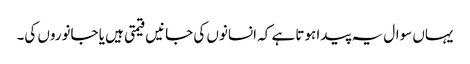
یہاں سوال یہ پیدا ہوتا ہے کہ انسانوں کی جانیں قیمتی ہیں یا جانوروں کی۔